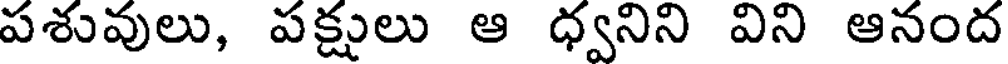
పశువులు, పక్షులు ఆ ధ్వనిని విని ఆనంద